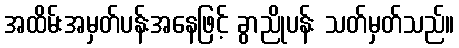
အထိမ်းအမှတ်ပန်းအနေဖြင့် ခွာညိုပန်း သတ်မှတ်သည်။